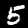
Label: 5